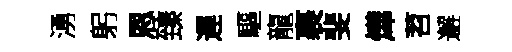
湧躬恩臻遲驅龍裹斐燁苕邂